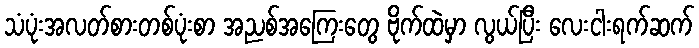
သံပုံးအလတ်စားတစ်ပုံးစာ အညစ်အကြေးတွေ ဗိုက်ထဲမှာ လွယ်ပြီး လေးငါးရက်ဆက်